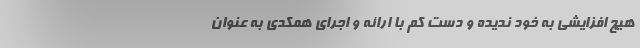
هیچ افزایشی به خود ندیده و دست کم با ارائه و اجرای همکدی به عنوان